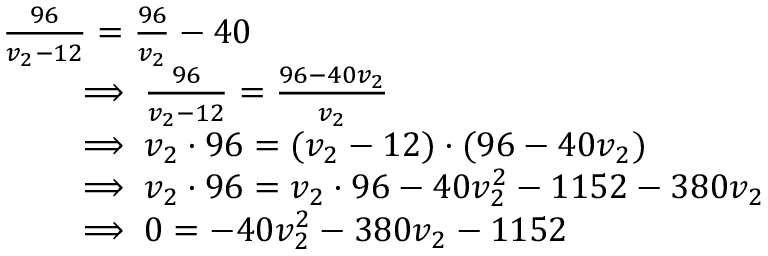
\begin{array} { r l } & { \frac { 9 6 } { v _ { 2 } - 1 2 } = \frac { 9 6 } { v _ { 2 } } - 4 0 } \\ & { \qquad \implies \frac { 9 6 } { v _ { 2 } - 1 2 } = \frac { 9 6 - 4 0 v _ { 2 } } { v _ { 2 } } } \\ & { \qquad \implies v _ { 2 } \cdot 9 6 = ( v _ { 2 } - 1 2 ) \cdot ( 9 6 - 4 0 v _ { 2 } ) } \\ & { \qquad \implies v _ { 2 } \cdot 9 6 = v _ { 2 } \cdot 9 6 - 4 0 v _ { 2 } ^ { 2 } - 1 1 5 2 - 3 8 0 v _ { 2 } } \\ & { \qquad \implies 0 = - 4 0 v _ { 2 } ^ { 2 } - 3 8 0 v _ { 2 } - 1 1 5 2 } \end{array}